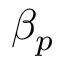
\beta _ { p }